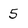
Character: 5